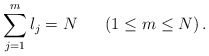
\begin{align*}\sum_{j = 1}^m l_j = N \;\;\;\;\;\; (1 \leq m \leq N) \, . \end{align*}